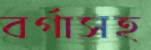
বর্গাসহ